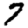
Digit: 7